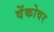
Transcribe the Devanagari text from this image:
वेंकोवर